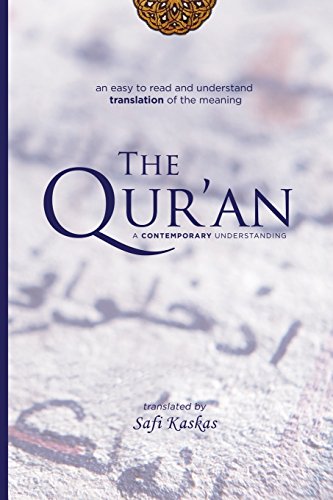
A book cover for The Qur'an: A Contemporary Understanding; Religion & Spirituality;